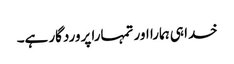
خدا ہی ہمارا اور تمہارا پروردگار ہے۔